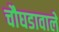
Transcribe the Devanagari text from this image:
चौघडावाले